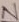
Text: N